Indian journal of veterinary science and animal husbandry - Volume 1,
Year: 1931
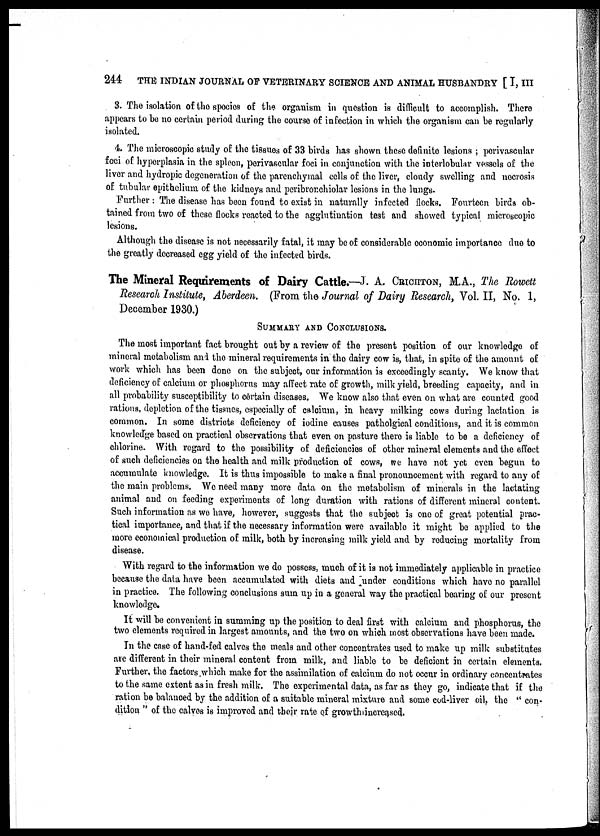
244
THE INDIAN JOURNAL OF VETERINARY SCIENCE AND ANIMAL HUSBANDRY [ I, III
3. The isolation of the species of the organism in question is difficult to accomplish. There
appears to be no certain period during the course of infection in which the organism can be regularly
isolated.
4. The microscopic study of the tissues of 33 birds has shown these definite lesions ; perivascular
foci of hyperplasia in the spleen, perivascular foci in conjunction with the interlobular vessels of the
liver and hydropic degeneration of the parenchymal cells of the liver, cloudy swelling and necrosis
of tubular epithelium of the kidneys and peribronchiolar lesions in the lungs.
Further: The disease has been found to exist in naturally infected flocks. Fourteen birds ob-
tained from two of these flocks reacted to the agglutination test and showed typical microscopic
lesions.
Although the disease is not necessarily fatal, it may be of considerable economic importance due to
the greatly decreased egg yield of the infected birds.
The Mineral Requirements of Dairy Cattle.—J. A. CRICHTON, M.A., The Rowett
Research Institute, Aberdeen. (From the Journal of Dairy Research, Vol. II, No. 1,
December 1930.)
SUMMARY AND CONCLUSIONS.
The most important fact brought out by a review of the present position of our knowledge of
mineral metabolism and the mineral requirements in the dairy cow is, that, in spite of the amount of
work which has been done on the subject, our information is exceedingly scanty. We know that
deficiency of calcium or phosphorus may affect rate of growth, milk yield, breeding capacity, and in
all probability susceptibility to certain diseases. We know also that even on what are counted good
rations, depletion of the tissues, especially of calcium, in heavy milking cows during lactation is
common. In some districts deficiency of iodine causes patholgical conditions, and it is common
knowledge based on practical observations that even on pasture there is liable to be a deficiency of
chlorine. With regard to the possibility of deficiencies of other mineral elements and the effect
of such deficiencies on the health and milk production of cows, we have not yet even begun to
accumulate knowledge. It is thus impossible to make a final pronouncement with regard to any of
the main problems. We need many more data on the metabolism of minerals in the lactating
animal and on feeding experiments of long duration with rations of different mineral content.
Such information as we have, however, suggests that the subject is one of great potential prac-
tical importance, and that if the necessary information were available it might be applied to the
more economical production of milk, both by increasing milk yield and by reducing mortality from
disease.
With regard to the information we do possess, much of it is not immediately applicable in practice
because the data have been accumulated with diets and under conditions which have no parallel
in practice. The following conclusions sum up in a general way the practical bearing of our present
knowledge.
It will be convenient in summing up the position to deal first with calcium and phosphorus, the
two elements required in largest amounts, and the two on which most observations have been made.
In the case of hand-fed calves the meals and other concentrates used to make up milk substitutes
are different in their mineral content from milk, and liable to be deficient in certain elements.
Further, the factors which make for the assimilation of calcium do not occur in ordinary concentrates
to the same extent as in fresh milk. The experimental data, as far as they go, indicate that if the
ration be balanced by the addition of a suitable mineral mixture and some cod-liver oil, the " con-
dition " of the calves is improved and their rate of growth increased.